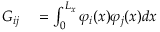
\begin{array} { r l } { G _ { i j } } & { { } = \int _ { 0 } ^ { L _ { x } } \varphi _ { i } ( x ) \varphi _ { j } ( x ) d x } \end{array}